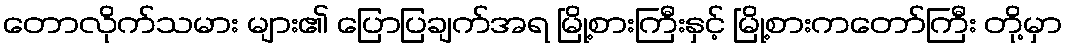
တောလိုက်သမား များ၏ ပြောပြချက်အရ မြို့စားကြီးနှင့် မြို့စားကတော်ကြီး တို့မှာ